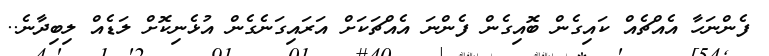
ފެންނަހާ އެއްޗެއް ކައިގެން ބޮއިގެން ފެންނަ އެއްޗަކަށް އަރައިގަނެގެން އުޅެނިކޮށް ލަޑެއް ލިބިދާނެ..